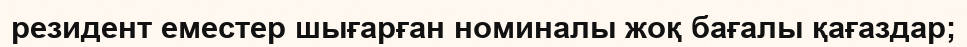
резидент еместер шығарған номиналы жоқ бағалы қағаздар;